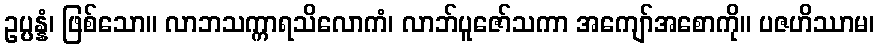
ဥပ္ပန္နံ၊ ဖြစ်သော။ လာဘသက္ကာရသိလောကံ၊ လာဘ်ပူဇော်သကာ အကျော်အစောကို။ ပဇဟိဿာမ၊